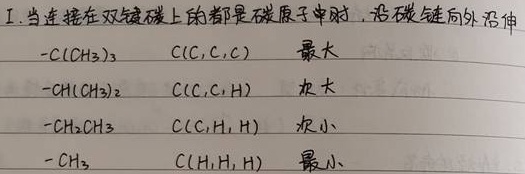
I. 当连接在双键碳上的都是碳原子时，设碳链向外延伸
\(-\mathrm{C}(\mathrm{CH}_{3})_{3}\quad \mathrm{C}(\mathrm{C},\mathrm{C},\mathrm{C})\quad \text{最大}\)
\(-\mathrm{CH}(\mathrm{CH}_{3})_{2}\quad \mathrm{C}(\mathrm{C},\mathrm{C},\mathrm{H})\quad \text{次大}\)
\(-\mathrm{CH}_{2}\mathrm{CH}_{3}\quad \mathrm{C}(\mathrm{C},\mathrm{H},\mathrm{H})\quad \text{次小}\)
\(-\mathrm{CH}_{3}\quad \mathrm{C}(\mathrm{H},\mathrm{H},\mathrm{H})\quad \text{最小}\)